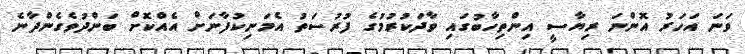
ވަނަ އަހަރު އޮންނަ ރިޔާސީ އިންތިހާބުގައި ވާދަކުރުމުގެ ފުރުސަތު އެމަނިކުފާނަށް އެއްކޮށް ބަންދުވެގެންދާނެ